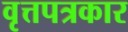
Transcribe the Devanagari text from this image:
वृत्तपत्रकार